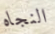
النجاه